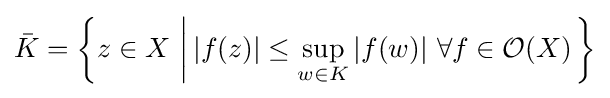
{\bar {K}}=\left\{z\in X\,\left|\,|f(z)|\leq \sup _{w\in K}|f(w)|\ \forall f\in {\mathcal {O}}(X)\right.\right\}